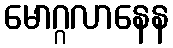
မောဂ္ဂလာနေန